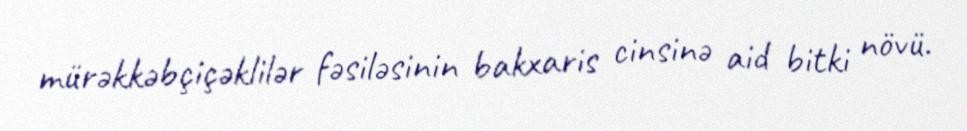
mürəkkəbçiçəklilər fəsiləsinin bakxaris cinsinə aid bitki növü.